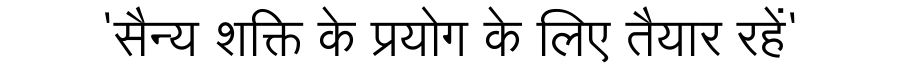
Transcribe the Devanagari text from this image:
'सैन्य शक्ति के प्रयोग के लिए तैयार रहें'